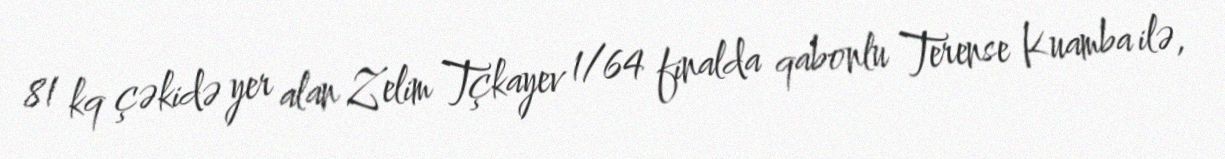
81 kq çəkidə yer alan Zelim Tçkayev 1/64 finalda qabonlu Terense Kuamba ilə,